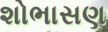
શોભાસણ